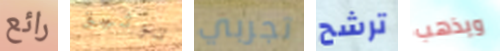
رائع توثيق تجربي ترشح ويذهب